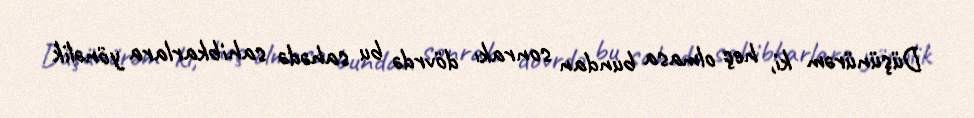
Düşünürəm ki, heç olmasa bundan sonrakı dövrdə bu sahədə sahibkarlara yönəlik